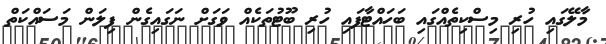
މާލޭގައި ހުރި މިސްކިތެއްގައި ބަހައްޓާފައި ހުރި ބޫޓުތަކެއް ވަގަށް ނަގައިގެން ފިލަން މަސައްކަތް